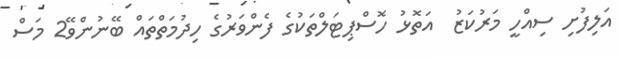
އަލިފުށި ސިއްހީ މަރުކަޒު  އަތޮޅު ހޮސްޕިޓަލްތަކުގެ ފެންވަރުގެ ހިދުމަތްތައް ބޭނުންވޭ2 މަސް